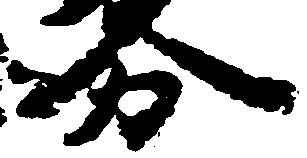
分